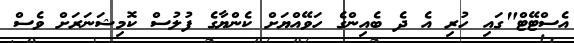
އެސްޓޭޓް"ގައި ހުރި އެ ދެ ބެއިންގެ ހަވޭއްޔަށް ކެންޔާގެ ފުލުސް ކޮމިޝަނަރަށް ވެސް